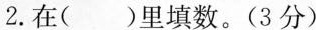
2.在( )里填数。(3分)